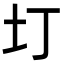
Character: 圢